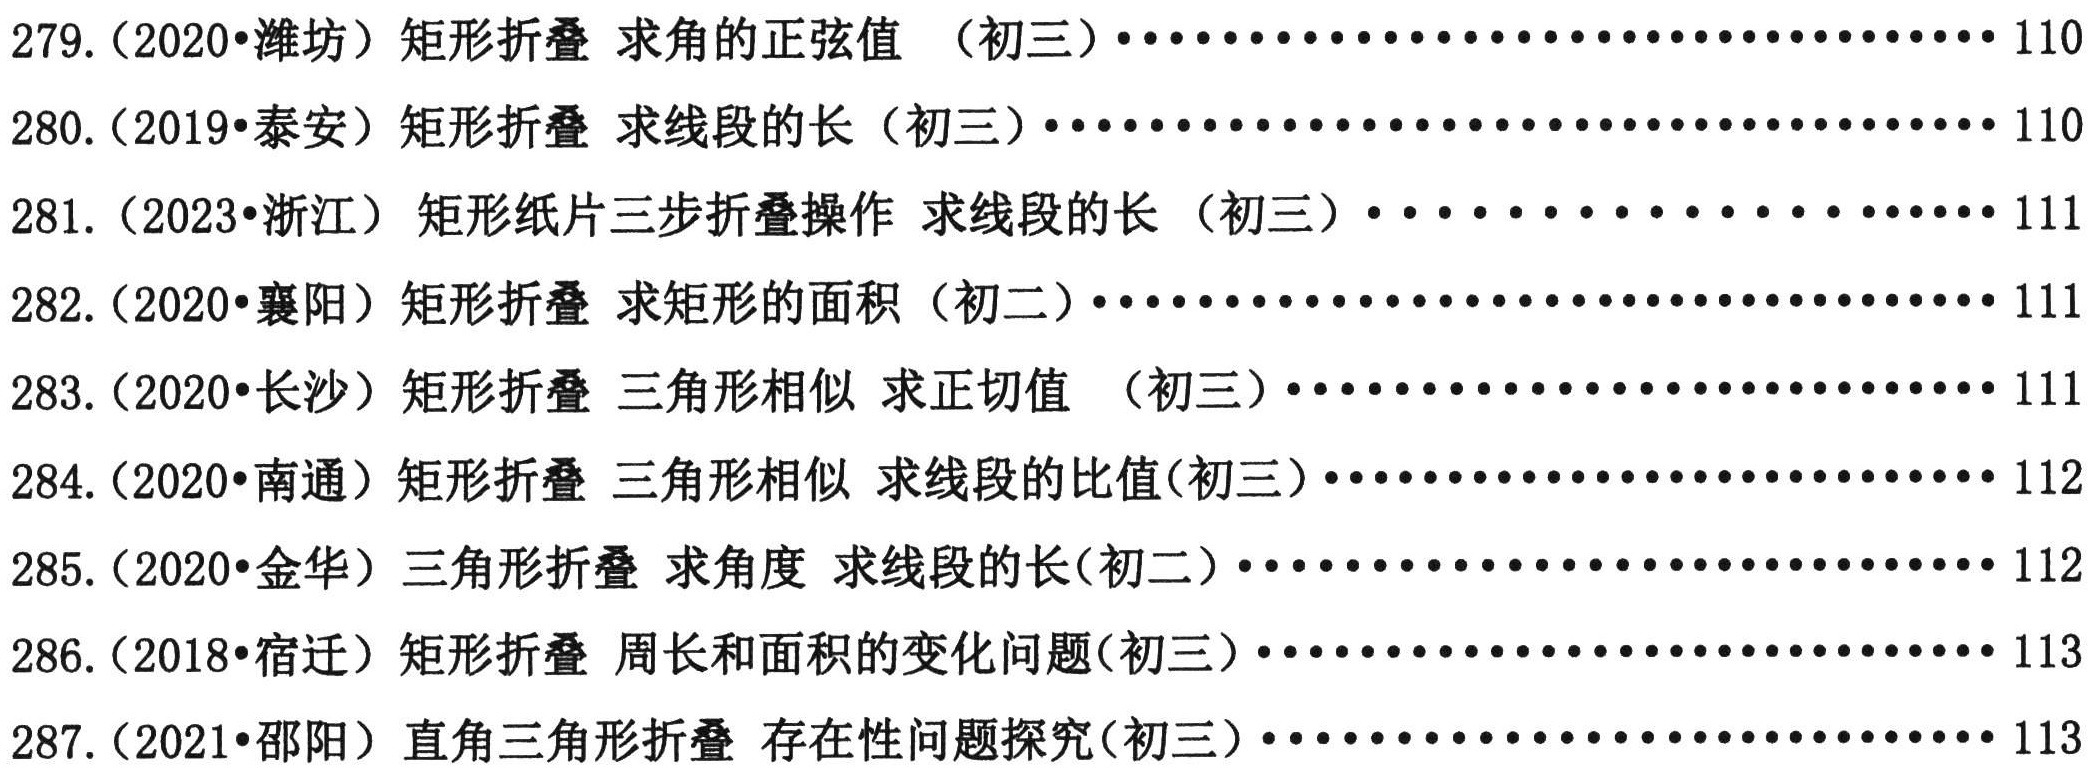
279.（2020•潍坊）矩形折叠 求角的正弦值 （初三）$\cdots\cdots\cdots\cdots\cdots\cdots\cdots\cdots\cdots\cdots\cdots\cdots110$
280.（2019•泰安）矩形折叠 求线段的长（初三）$\cdots\cdots\cdots\cdots\cdots\cdots\cdots\cdots\cdots\cdots\cdots\cdots110$
281.（2023•浙江）矩形纸片三步折叠操作 求线段的长（初三）$\cdots\cdots\cdots\cdots\cdots\cdots\cdots\cdots\cdots111$
282.（2020•襄阳）矩形折叠 求矩形的面积（初二）$\cdots\cdots\cdots\cdots\cdots\cdots\cdots\cdots\cdots\cdots\cdots\cdots111$
283.（2020•长沙）矩形折叠 三角形相似 求正切值 （初三）$\cdots\cdots\cdots\cdots\cdots\cdots\cdots\cdots\cdots\cdots111$
284.（2020•南通）矩形折叠 三角形相似 求线段的比值(初三）$\cdots\cdots\cdots\cdots\cdots\cdots\cdots\cdots\cdots\cdots112$
285.（2020•金华）三角形折叠 求角度 求线段的长(初二）$\cdots\cdots\cdots\cdots\cdots\cdots\cdots\cdots\cdots\cdots112$
286.（2018•宿迁）矩形折叠 周长和面积的变化问题(初三）$\cdots\cdots\cdots\cdots\cdots\cdots\cdots\cdots\cdots\cdots113$
287.（2021•邵阳）直角三角形折叠 存在性问题探究(初三）$\cdots\cdots\cdots\cdots\cdots\cdots\cdots\cdots\cdots\cdots113$